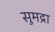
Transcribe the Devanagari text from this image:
सुमद्रा